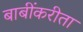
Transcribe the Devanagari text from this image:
बाबींकरीता